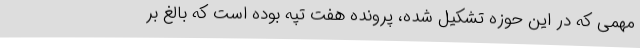
مهمی که در این حوزه تشکیل شده، پرونده هفت تپه بوده است که بالغ بر